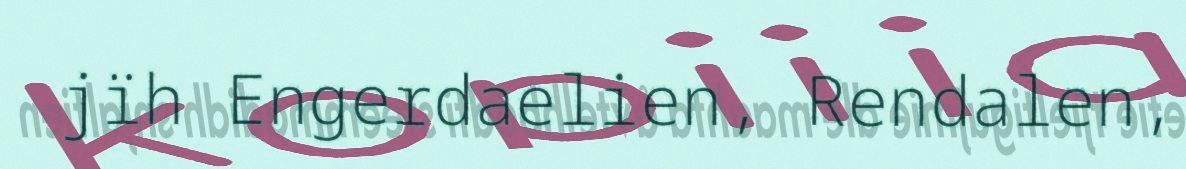
jïh Engerdaelien, Rendalen,